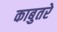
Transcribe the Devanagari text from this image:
काबुतरे